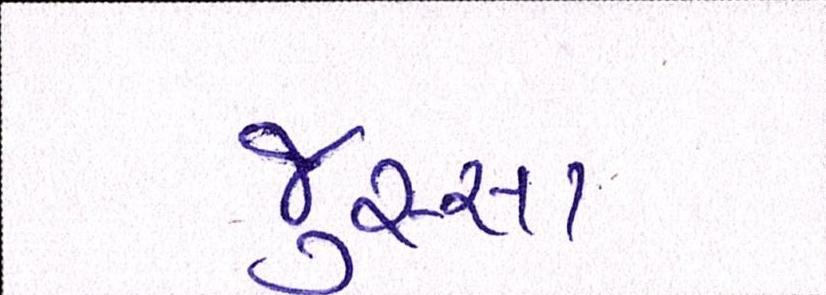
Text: જુસ્સા